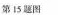
第15题图